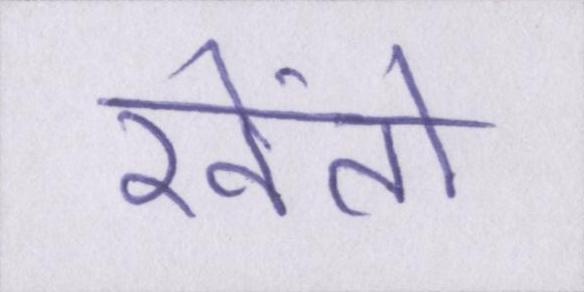
खेंतो